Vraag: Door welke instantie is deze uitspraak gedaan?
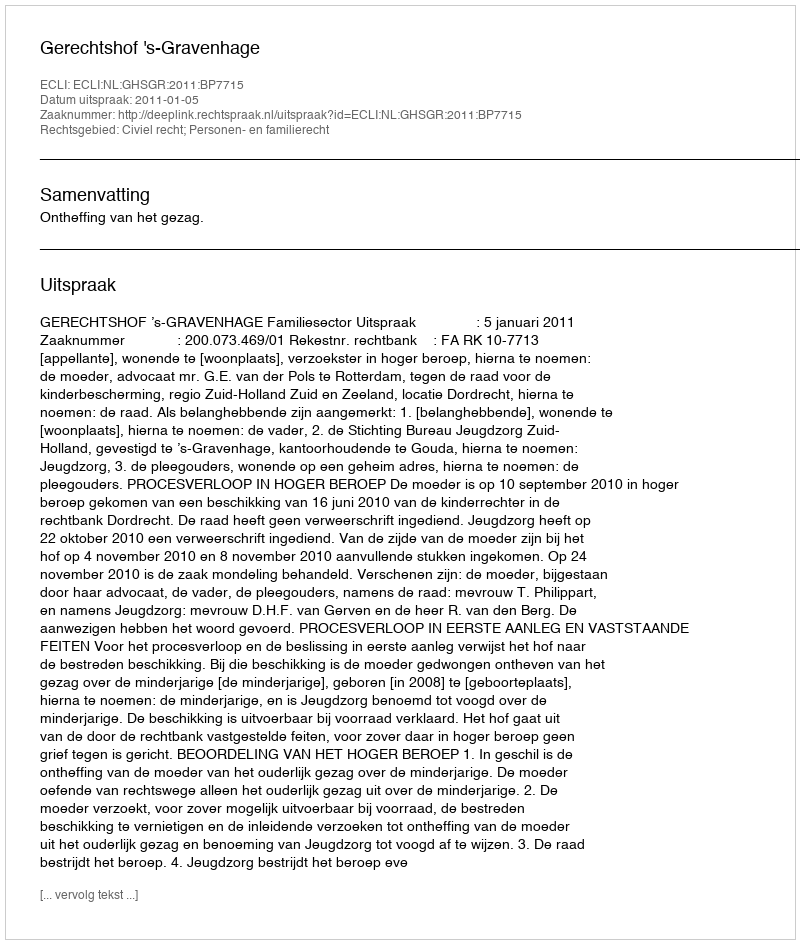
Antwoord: Gerechtshof 's-Gravenhage